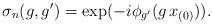
LaTeX: \begin{align*}\sigma_n (g,g')= \exp(-i \phi_{g'}(g \, x_{(0)})).\end{align*}